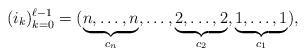
LaTeX: \begin{align*}(i_k)_{k=0}^{\ell-1} = (\underbrace{n,\dotsc,n}_{c_n}, \dotsc, \underbrace{2,\dotsc,2}_{c_2}, \underbrace{1,\dotsc,1}_{c_1}),\end{align*}